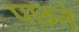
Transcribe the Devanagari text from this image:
पछने